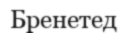
Бренетед